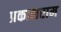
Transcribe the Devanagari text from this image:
प्रकाशराम